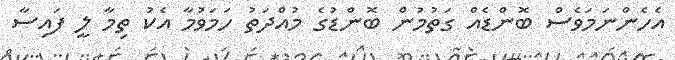
އެހެންނަމަވެސް ބޮންޑެއް ގަތުމުން ބޮންޑުގެ މުއްދަތު ހަމަވުމާ އެކު ތިމާ ލީ ފައިސާ